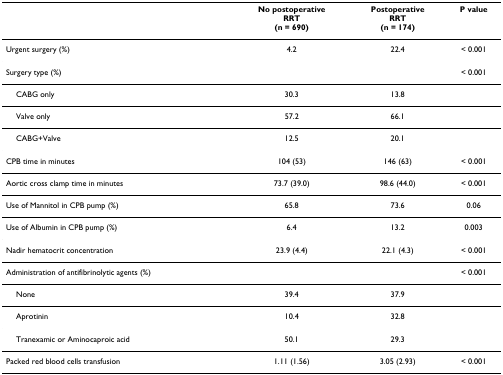
<table><thead><tr><td>[EMPTY_CELL]</td><td><b>No postoperativeRRT(n = 690)</b></td><td><b>Postoperative RRT(n = 174)</b></td><td><b>P value</b></td></tr></thead><tbody><tr><td>Urgent surgery (%)</td><td>4.2</td><td>22.4</td><td>&lt; 0.001</td></tr><tr><td>Surgery type (%)</td><td>[EMPTY_CELL]</td><td>[EMPTY_CELL]</td><td>&lt; 0.001</td></tr><tr><td> CABG only</td><td>30.3</td><td>13.8</td><td>[EMPTY_CELL]</td></tr><tr><td> Valve only</td><td>57.2</td><td>66.1</td><td>[EMPTY_CELL]</td></tr><tr><td> CABG+Valve</td><td>12.5</td><td>20.1</td><td>[EMPTY_CELL]</td></tr><tr><td>CPB time in minutes</td><td>104 (53)</td><td>146 (63)</td><td>&lt; 0.001</td></tr><tr><td>Aortic cross clamp time in minutes</td><td>73.7 (39.0)</td><td>98.6 (44.0)</td><td>&lt; 0.001</td></tr><tr><td>Use of Mannitol in CPB pump (%)</td><td>65.8</td><td>73.6</td><td>0.06</td></tr><tr><td>Use of Albumin in CPB pump (%)</td><td>6.4</td><td>13.2</td><td>0.003</td></tr><tr><td>Nadir hematocrit concentration</td><td>23.9 (4.4)</td><td>22.1 (4.3)</td><td>&lt; 0.001</td></tr><tr><td>Administration of antifibrinolytic agents (%)</td><td>[EMPTY_CELL]</td><td>[EMPTY_CELL]</td><td>&lt; 0.001</td></tr><tr><td> None</td><td>39.4</td><td>37.9</td><td>[EMPTY_CELL]</td></tr><tr><td> Aprotinin</td><td>10.4</td><td>32.8</td><td>[EMPTY_CELL]</td></tr><tr><td> Tranexamic or Aminocaproic acid</td><td>50.1</td><td>29.3</td><td>[EMPTY_CELL]</td></tr><tr><td>Packed red blood cells transfusion</td><td>1.11 (1.56)</td><td>3.05 (2.93)</td><td>&lt; 0.001</td></tr></tbody></table>